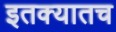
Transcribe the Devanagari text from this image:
इतक्यातच